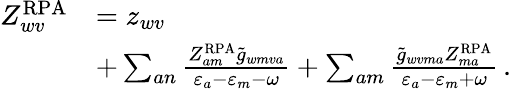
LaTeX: \begin{array}{rl}{Z_{wv}^{\mathrm{RPA}}}&{=z_{wv}}\\ &{+\sum_{an}\frac{Z_{am}^{\mathrm{RPA}}\tilde{g}_{wmva}}{\varepsilon_{a}-\varepsilon_{m}-\omega}+\sum_{am}\frac{\tilde{g}_{wvma}Z_{ma}^{\mathrm{RPA}}}{\varepsilon_{a}-\varepsilon_{m}+\omega}\, .}\end{array}